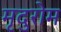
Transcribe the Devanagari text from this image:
मृदुरोम